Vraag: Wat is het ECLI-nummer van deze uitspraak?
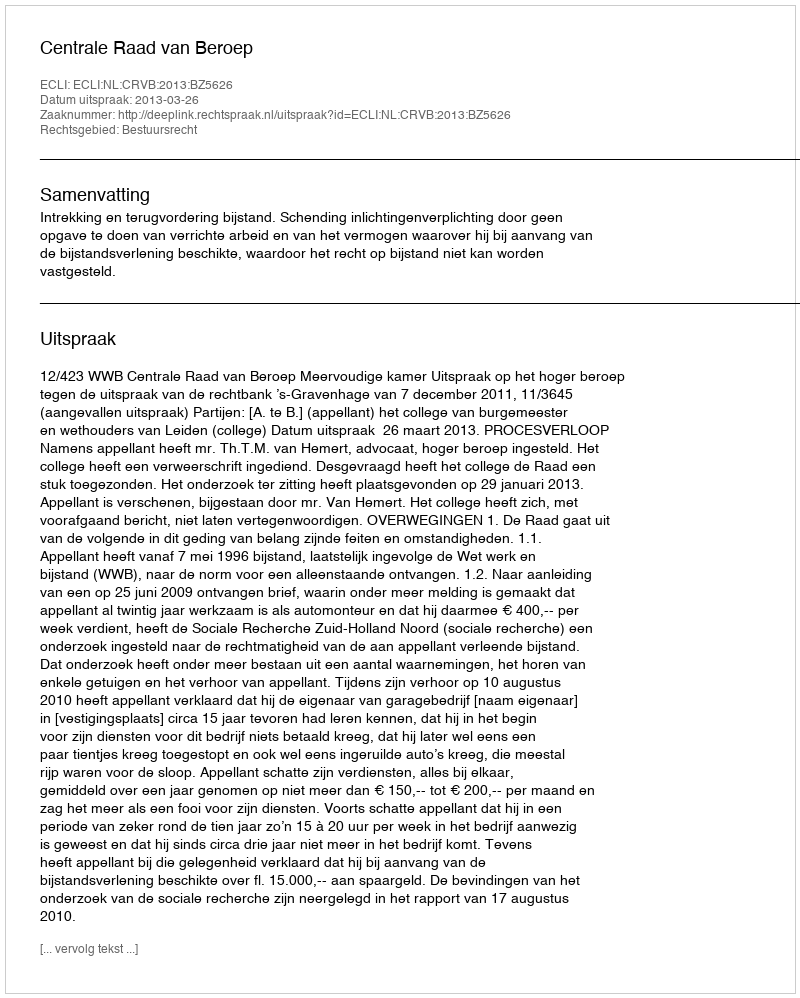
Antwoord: ECLI:NL:CRVB:2013:BZ5626